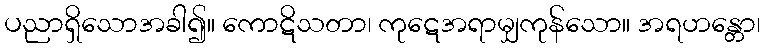
ပညာရှိသောအခါ၍။ ကောဋိသတာ၊ ကုဋေအရာမျှကုန်သော။ အရဟန္တော၊